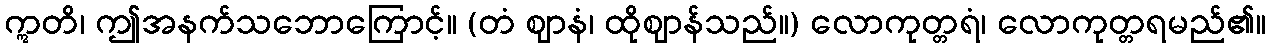
ဣတိ၊ ဤအနက်သဘောကြောင့်။ (တံ ဈာနံ၊ ထိုဈာန်သည်။) လောကုတ္တရံ၊ လောကုတ္တရမည်၏။